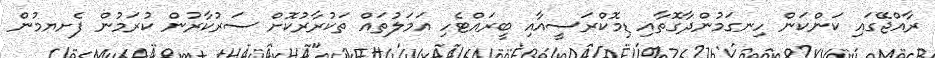
ރާއްޖޭގައި ކަންކަން ހިނގަމުންދާގޮތާއި ޑިމޮކްރަސީއާއި ބީރައްޓެހި އަމަލުތައް ތަކުރާރުކޮށް ސަރުކާރުން ކުރަމުން ފެށޔމުން